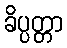
ခိပ္ပတ္တာ